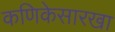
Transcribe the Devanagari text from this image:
कणिकेसारखा